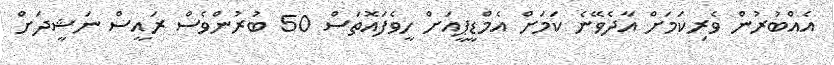
އެއްބުރުން ވެރިކަމަށް އާދެވޭނެ ކަމަށް އެމްޑީޕީއަށް ހީވެފައޮތަސް 50 ބުރުންވެސް ރައީސް ނަޝީދަށް